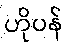
ဟိုပန်